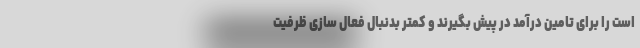
است را برای تامین درآمد در پیش بگیرند و کمتر بدنبال فعال سازی ظرفیت